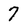
Character: 7